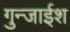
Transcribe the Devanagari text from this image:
गुन्जाईश